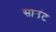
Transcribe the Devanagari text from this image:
साउंट